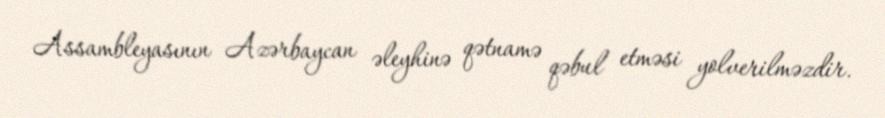
Assambleyasının Azərbaycan əleyhinə qətnamə qəbul etməsi yolverilməzdir.